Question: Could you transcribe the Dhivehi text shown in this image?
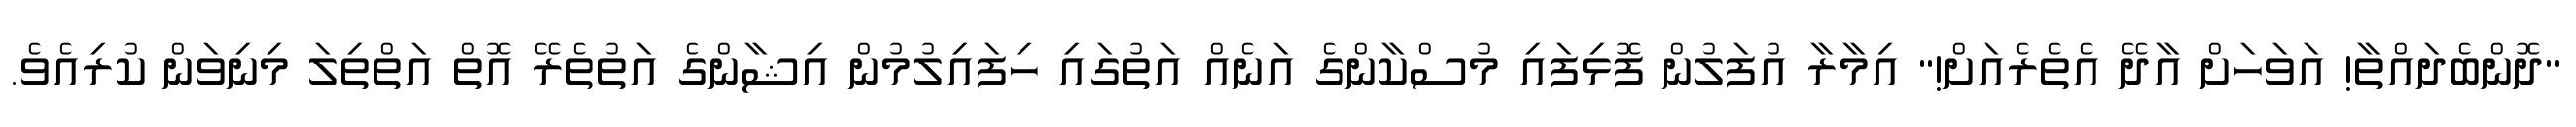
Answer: "ދޮންބެދައްތާ! އަވަހަށް އާދޭ އެތެރެއަށް!" އިމާރާ އުފަލުން ފޮޅިފައި މުސްކާންގެ އަނެއް އަތުގައި ހިފައިލުމުން އިޝާންގެ އަތުތެރޭ އޮތް އަތްތިލަ މިނިވަން ކުރިއެވެ.